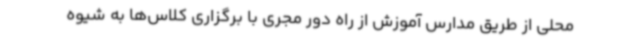
محلی از طریق مدارس آموزش از راه‌ دور مجری با برگزاری کلاس‌ها به شیوه